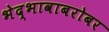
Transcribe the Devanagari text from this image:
भेद्भावाबरोबर